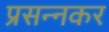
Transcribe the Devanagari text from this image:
प्रसन्नकर